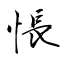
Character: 悵